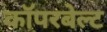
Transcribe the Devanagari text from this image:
कॉपरबेल्ट